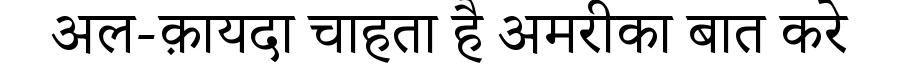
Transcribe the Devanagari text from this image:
अल-क़ायदा चाहता है अमरीका बात करे